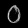
Digit: ၀